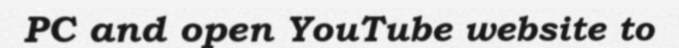
PC and open YouTube website to